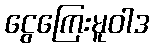
ငွေကြေးမူဝါဒ